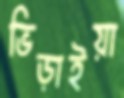
ভিড়াইয়া